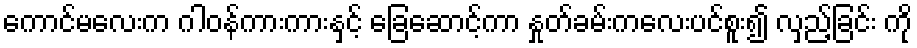
ကောင်မလေးက ဂါဝန်ကားကားနှင့် ခြေဆောင့်ကာ နှုတ်ခမ်းကလေးပင်စူး၍ လှည့်ခြင်း ကို